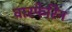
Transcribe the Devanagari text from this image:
वारफेरिन